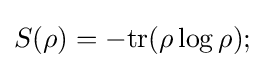
S(\rho )=-{\rm {tr}}(\rho \log \rho );